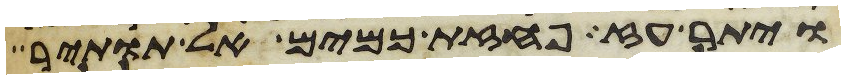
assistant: ויתר עז פחזת כמים אל תותיר